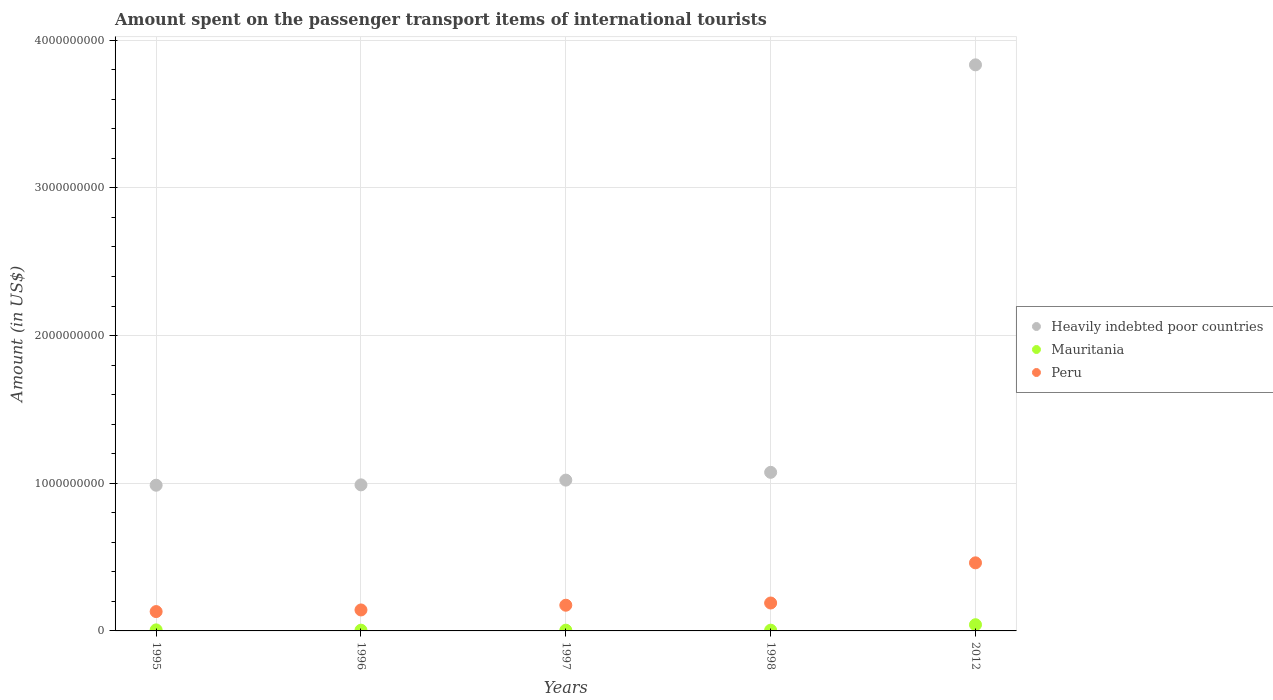
| Years | Heavily indebted poor countries | Mauritania | Peru |
 | --- | --- | --- | --- |
 | 1995 | 9.87e+08 | 7e+06 | 1.31e+08 |
 | 1996 | 9.89e+08 | 5e+06 | 1.42e+08 |
 | 1997 | 1.02e+09 | 5e+06 | 1.74e+08 |
 | 1998 | 1.07e+09 | 5e+06 | 1.89e+08 |
 | 2012 | 3.83e+09 | 4.2e+07 | 4.61e+08 |